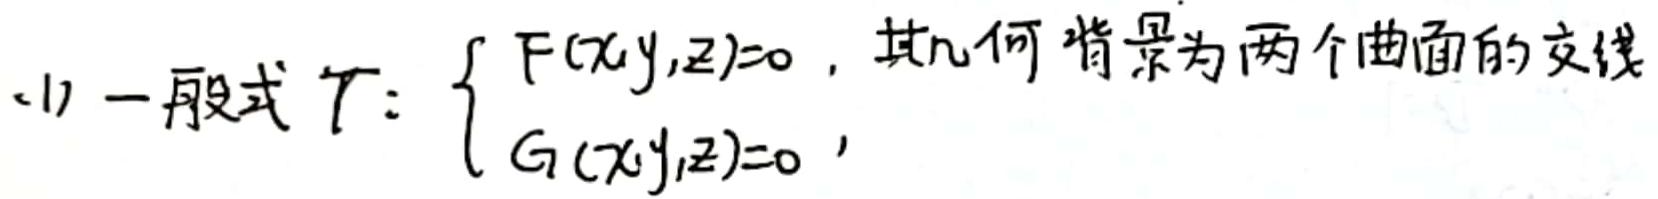
(1) 一般式 $\Gamma$: $\begin{cases} F(x,y,z)=0, \\ G(x,y,z)=0, \end{cases}$ 其几何背景为两个曲面的交线